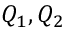
Q _ { 1 } , Q _ { 2 }